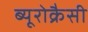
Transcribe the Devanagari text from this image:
ब्यूरोक्रैसी